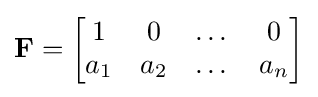
\mathbf {F} ={\begin{bmatrix}1&0&\dots &0\\a_{1}&a_{2}&\dots &a_{n}\end{bmatrix}}